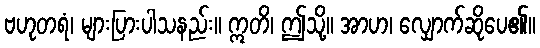
ဗဟုတရံ၊ များပြားပါသနည်း။ ဣတိ၊ ဤသို့။ အာဟ၊ လျှောက်ဆိုပေ၏။